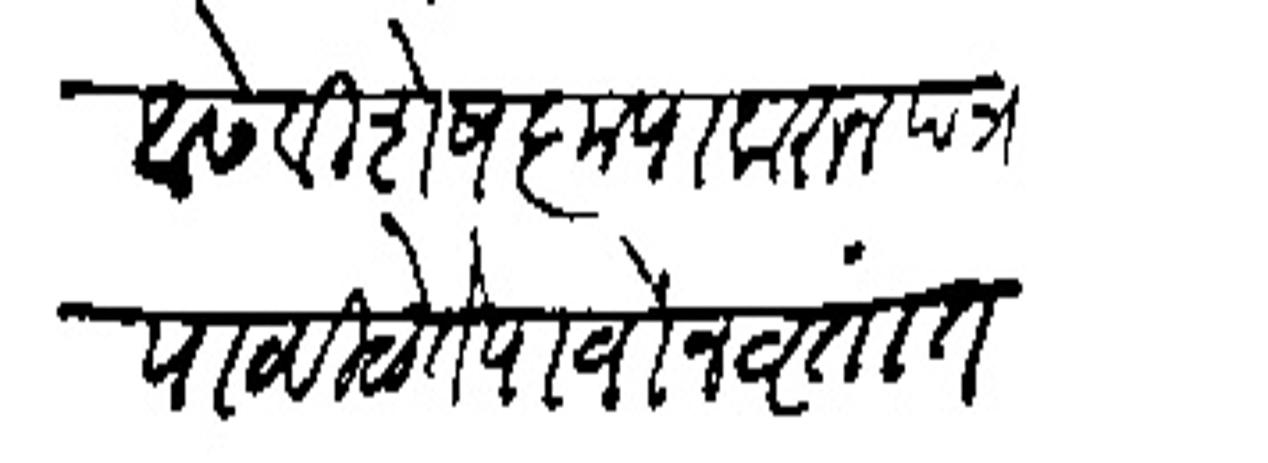
Transliteration (Devanagari): आसे विशेष कृपा करून पत्र पाठविळे ते पार्वोन वृतांत